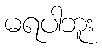
မရပါဘူး